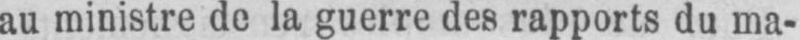
au ministre de la guerre des rapports du ma-